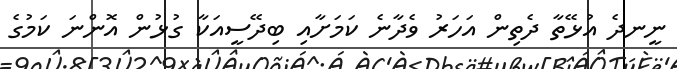
ނީނދެ އުޅޭތާ ދެތިން އަހަރު ވެދާނެ ކަމަށާއި ބިދޭސީއަކާ ގުޅުން އޮންނަ ކަމުގެ